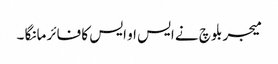
میجر بلوچ نے ایس او ایس کا فائر مانگا ۔